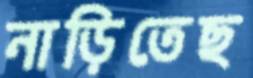
নাড়িতেছ